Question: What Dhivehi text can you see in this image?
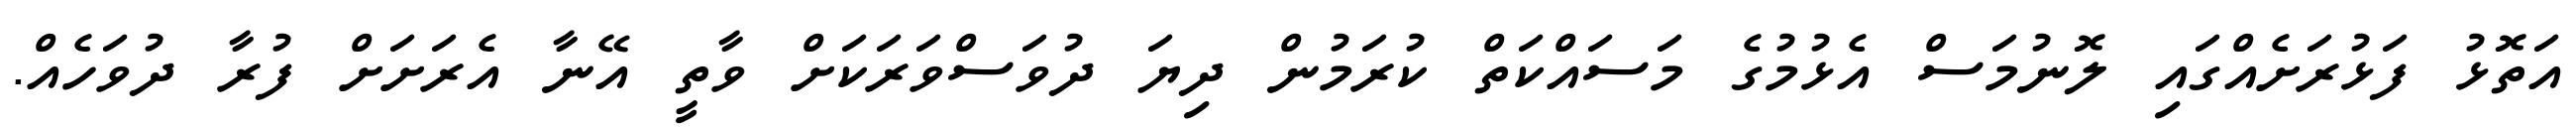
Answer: އަތޮޅު ފަޅުރަށެއްގައި ލޮނުމަސް އެޅުމުގެ މަސައްކަތް ކުރަމުން ދިޔަ ދުވަސްވަރަކަށް ވާތީ އޭނާ އެރަށަށް ފުރާ ދުވަހެއް.